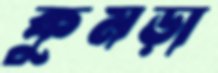
কুমড়া